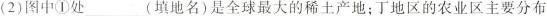
(2)图①中处___(填地名)是全球最大的稀土产地；丁地区的农业区主要分布